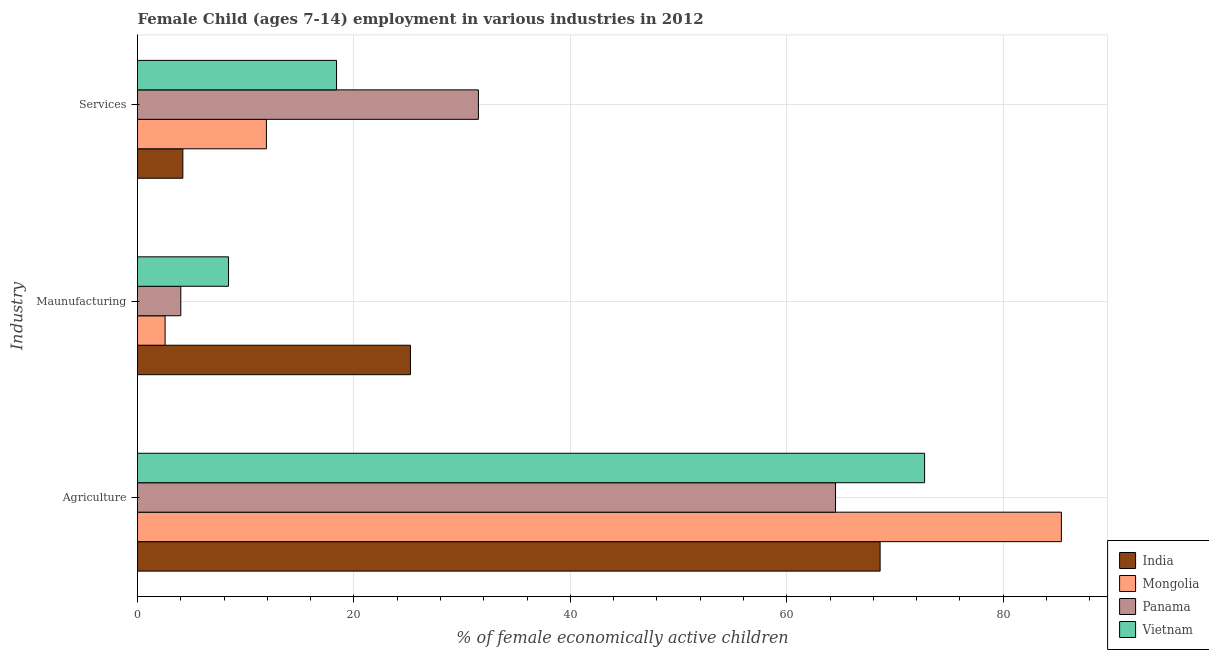
| Industry | India | Mongolia | Panama | Vietnam |
 | --- | --- | --- | --- | --- |
 | Agriculture | 68.6 | 85.4 | 64.5 | 72.7 |
 | Maunufacturing | 25.2 | 2.55 | 4 | 8.41 |
 | Services | 4.19 | 11.9 | 31.5 | 18.4 |